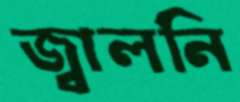
জ্বালনি